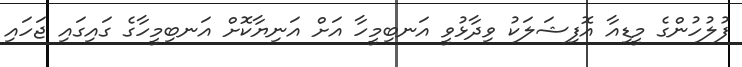
ފުލުހުންގެ މީޑިއާ އޮފިޝަލަކު ވިދާޅުވީ އަނބިމީހާ އަށް އަނިޔާކޮށް އަނބިމީހާގެ ގައިގައި ޖަހައި